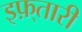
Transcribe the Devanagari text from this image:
इफ़्तारी